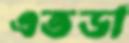
এতডা